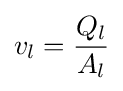
v_{l}={\frac {Q_{l}}{A_{l}}}